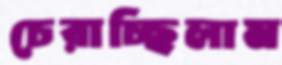
চেরাচ্ছিলাম